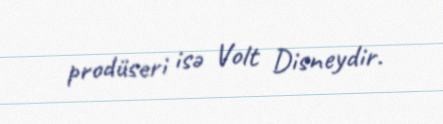
prodüseri isə Volt Disneydir.